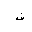
Letter: _fa